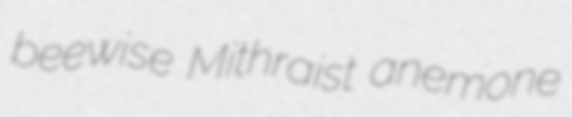
beewise Mithraist anemone